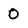
Character: 0